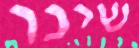
שינו